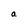
Character: a